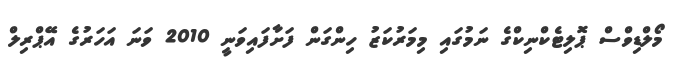
މޯލްޑިވްސް ޕޮލިޓެކްނިކްގެ ނަމުގައި މިމަރުކަޒު ހިންގަން ފަށާފައިވަނީ 2010 ވަނަ އަހަރުގެ އޭޕްރިލް